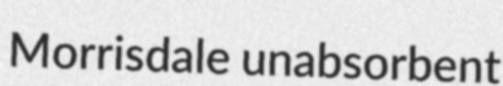
Morrisdale unabsorbent